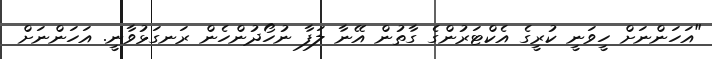
"އަހަންނަށް ހީވަނީ ކުރީގެ އެކްޓަރުންގެ ގާތުން އޭނާ ލަފާ ނުހޯދުންހެން ރަނގަޅުވާނީ. އަހަންނަށް